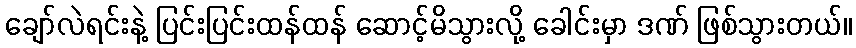
ချော်လဲရင်းနဲ့ ပြင်းပြင်းထန်ထန် ဆောင့်မိသွားလို့ ခေါင်းမှာ ဒဏ် ဖြစ်သွားတယ်။